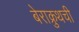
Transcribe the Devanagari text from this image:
बेराक्रुथची